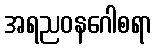
အရညဝနဂေါစရာ